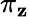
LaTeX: \pi_{\mathbf{z}}